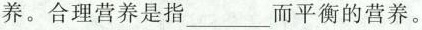
养。合理营养是指___而平衡的营养。